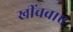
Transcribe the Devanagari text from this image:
खींचवाए